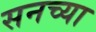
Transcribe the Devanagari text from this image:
सनच्या